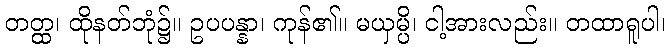
တတ္ထ၊ ထိုနတ်ဘုံ၌။ ဥပပန္နာ၊ ကုန်၏။ မယှမ္ပိ၊ ငါ့အားလည်း။ တထာရူပါ၊